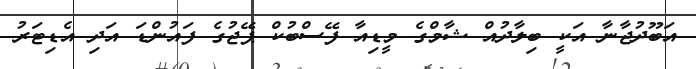
އަބޫދުޖާނާ އަކީ ބިލާދުއް ޝާމްގެ މީޑިއާ ފޭސްބުކް ޕޭޖުގެ ފައުންޑަ އަދި އެޑިޓަރު